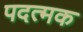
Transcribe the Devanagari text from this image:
पदत्मक